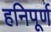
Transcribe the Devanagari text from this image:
हनिपूर्ण